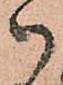
御